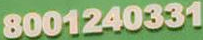
8001240331